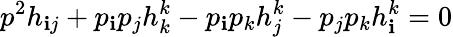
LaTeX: p^{2}h_{\mathbf{i}j}+p_{\mathbf{i}}p_{j}h_{k}^{k}-p_{\mathbf{i}}p_{k}h_{j}^{k}-p_{j}p_{k}h_{\mathbf{i}}^{k}=0